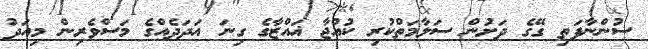
ސުންނާފަތި ގޭގެ ދަށުން ސަލާމަތްކުރި ކުއްޖާ ޣައްޒާގެ ގިނަ އަދަދެއްގެ މަސްވެރިން މިއަދު